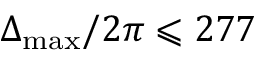
\Delta _ { \mathrm { m a x } } / 2 \pi \leqslant 2 7 7